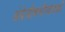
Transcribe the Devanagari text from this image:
अंग्रेज़ीधर्मोपदेशकों